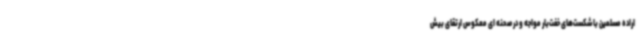
اراده مسلمین با شکست‌های خفت‌بار مواجه و در صحنه ای معکوس ارتقای بیش